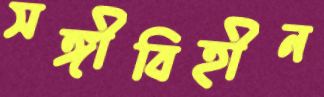
সঙ্গীবিহীন